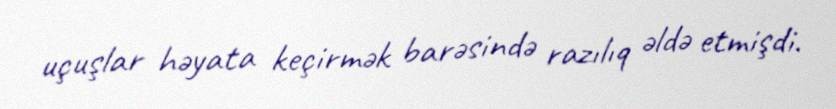
uçuşlar həyata keçirmək barəsində razılıq əldə etmişdi.